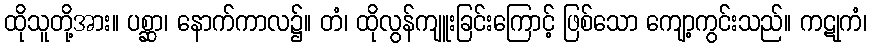
ထိုသူတို့အား။ ပစ္ဆာ၊ နောက်ကာလ၌။ တံ၊ ထိုလွန်ကျူးခြင်းကြောင့် ဖြစ်သော ကျော့ကွင်းသည်။ ကဋုကံ၊